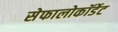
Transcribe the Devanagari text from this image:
सेफालोकॉर्डेट